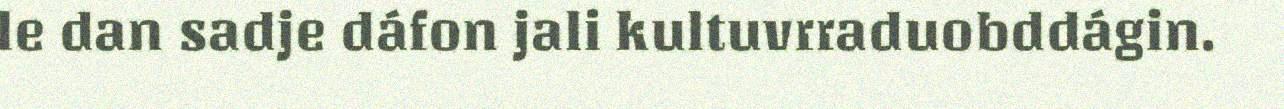
le dan sadje dáfon jali kultuvrraduobddágin.